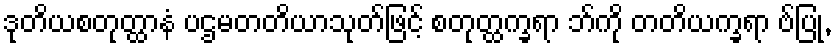
ဒုတိယစတုတ္ထာနံ ပဌမတတိယာသုတ်ဖြင့် စတုတ္ထက္ခရာ ဘ်ကို တတိယက္ခရာ ဗ်ပြု,